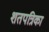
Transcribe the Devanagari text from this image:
शतपत्रिका